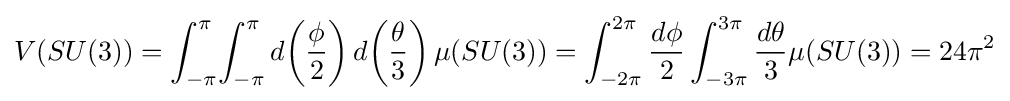
V(SU(3))=\int _{-\pi }^{\pi }\!\int _{-\pi }^{\pi }d\!\left({\frac {\phi }{2}}\right)d\!\left({\frac {\theta }{3}}\right)\mu (SU(3))=\int _{-2\pi }^{2\pi }{\frac {d\phi }{2}}\int _{-3\pi }^{3\pi }{\frac {d\theta }{3}}\mu (SU(3))=24\pi ^{2}